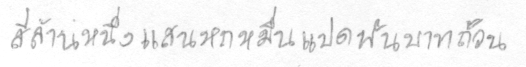
สี่ล้านหนึ่งแสนหกหมื่นแปดพันบาทถ้วน